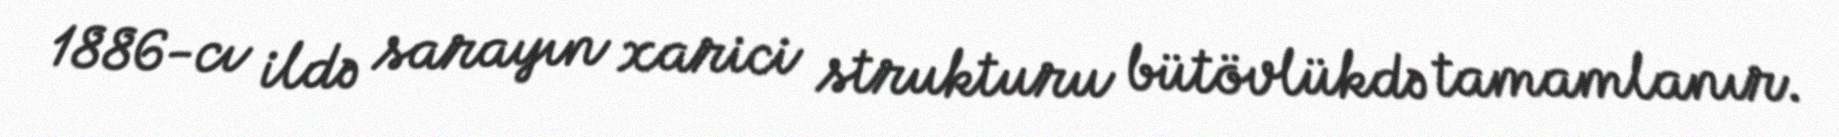
1886-cı ildə sarayın xarici strukturu bütövlükdə tamamlanır.